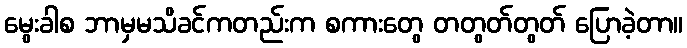
မွေးခါစ ဘာမှမသိခင်ကတည်းက စကားတွေ တတွတ်တွတ် ပြောခဲ့တာ။